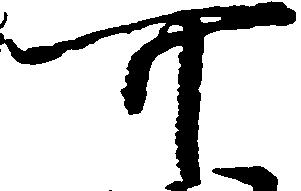
可